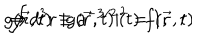
LaTeX: g ( \vec { r } , t ) \equiv a ^ { - 3 / 2 } ( t ) \ f ( \vec { r } , t ) \hspace { 0 . 7 5 c m } \Rightarrow \hspace { 0 . 7 5 c m } \int d ^ { 3 } r \ | g ( \vec { r } , t ) | ^ { 2 } = 1 ,